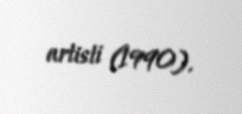
artisti (1990).